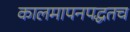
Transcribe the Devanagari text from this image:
कालमापनपद्धतच